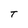
Character: T